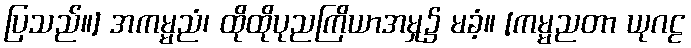
ပြသည်။] အကမ္မညံ၊ ထိုထိုပုညကြိယာအမှု၌ မခံ့။ [ကမ္မညတာ ယုဂဠ